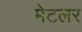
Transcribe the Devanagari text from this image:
मेटलर